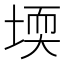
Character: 堧